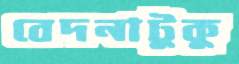
বেদনাটুকু